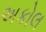
અકોલ